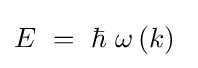
E\ =\ \hbar \ \omega \left(k\right)\